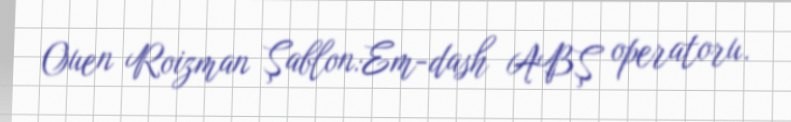
Ouen Roizman Şablon:Em-dash ABŞ operatoru.